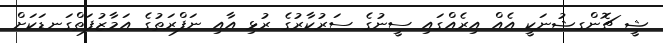
ޝީ ޗޮންގޝުނަކީ އެއް އިރެއްގައި ސީނުގެ ސަރުކާރުގެ ރުޅި އާއި ނަފްރަތުގެ އަމާޒުފަތްގަނޑަކަށް